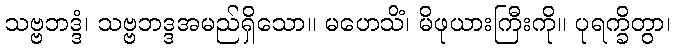
သဗ္ဗဘဒ္ဒံ၊ သဗ္ဗဘဒ္ဒအမည်ရှိသော။ မဟေသိံ၊ မိဖုယားကြီးကို။ ပုရက္ခိတွာ၊